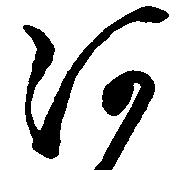
河